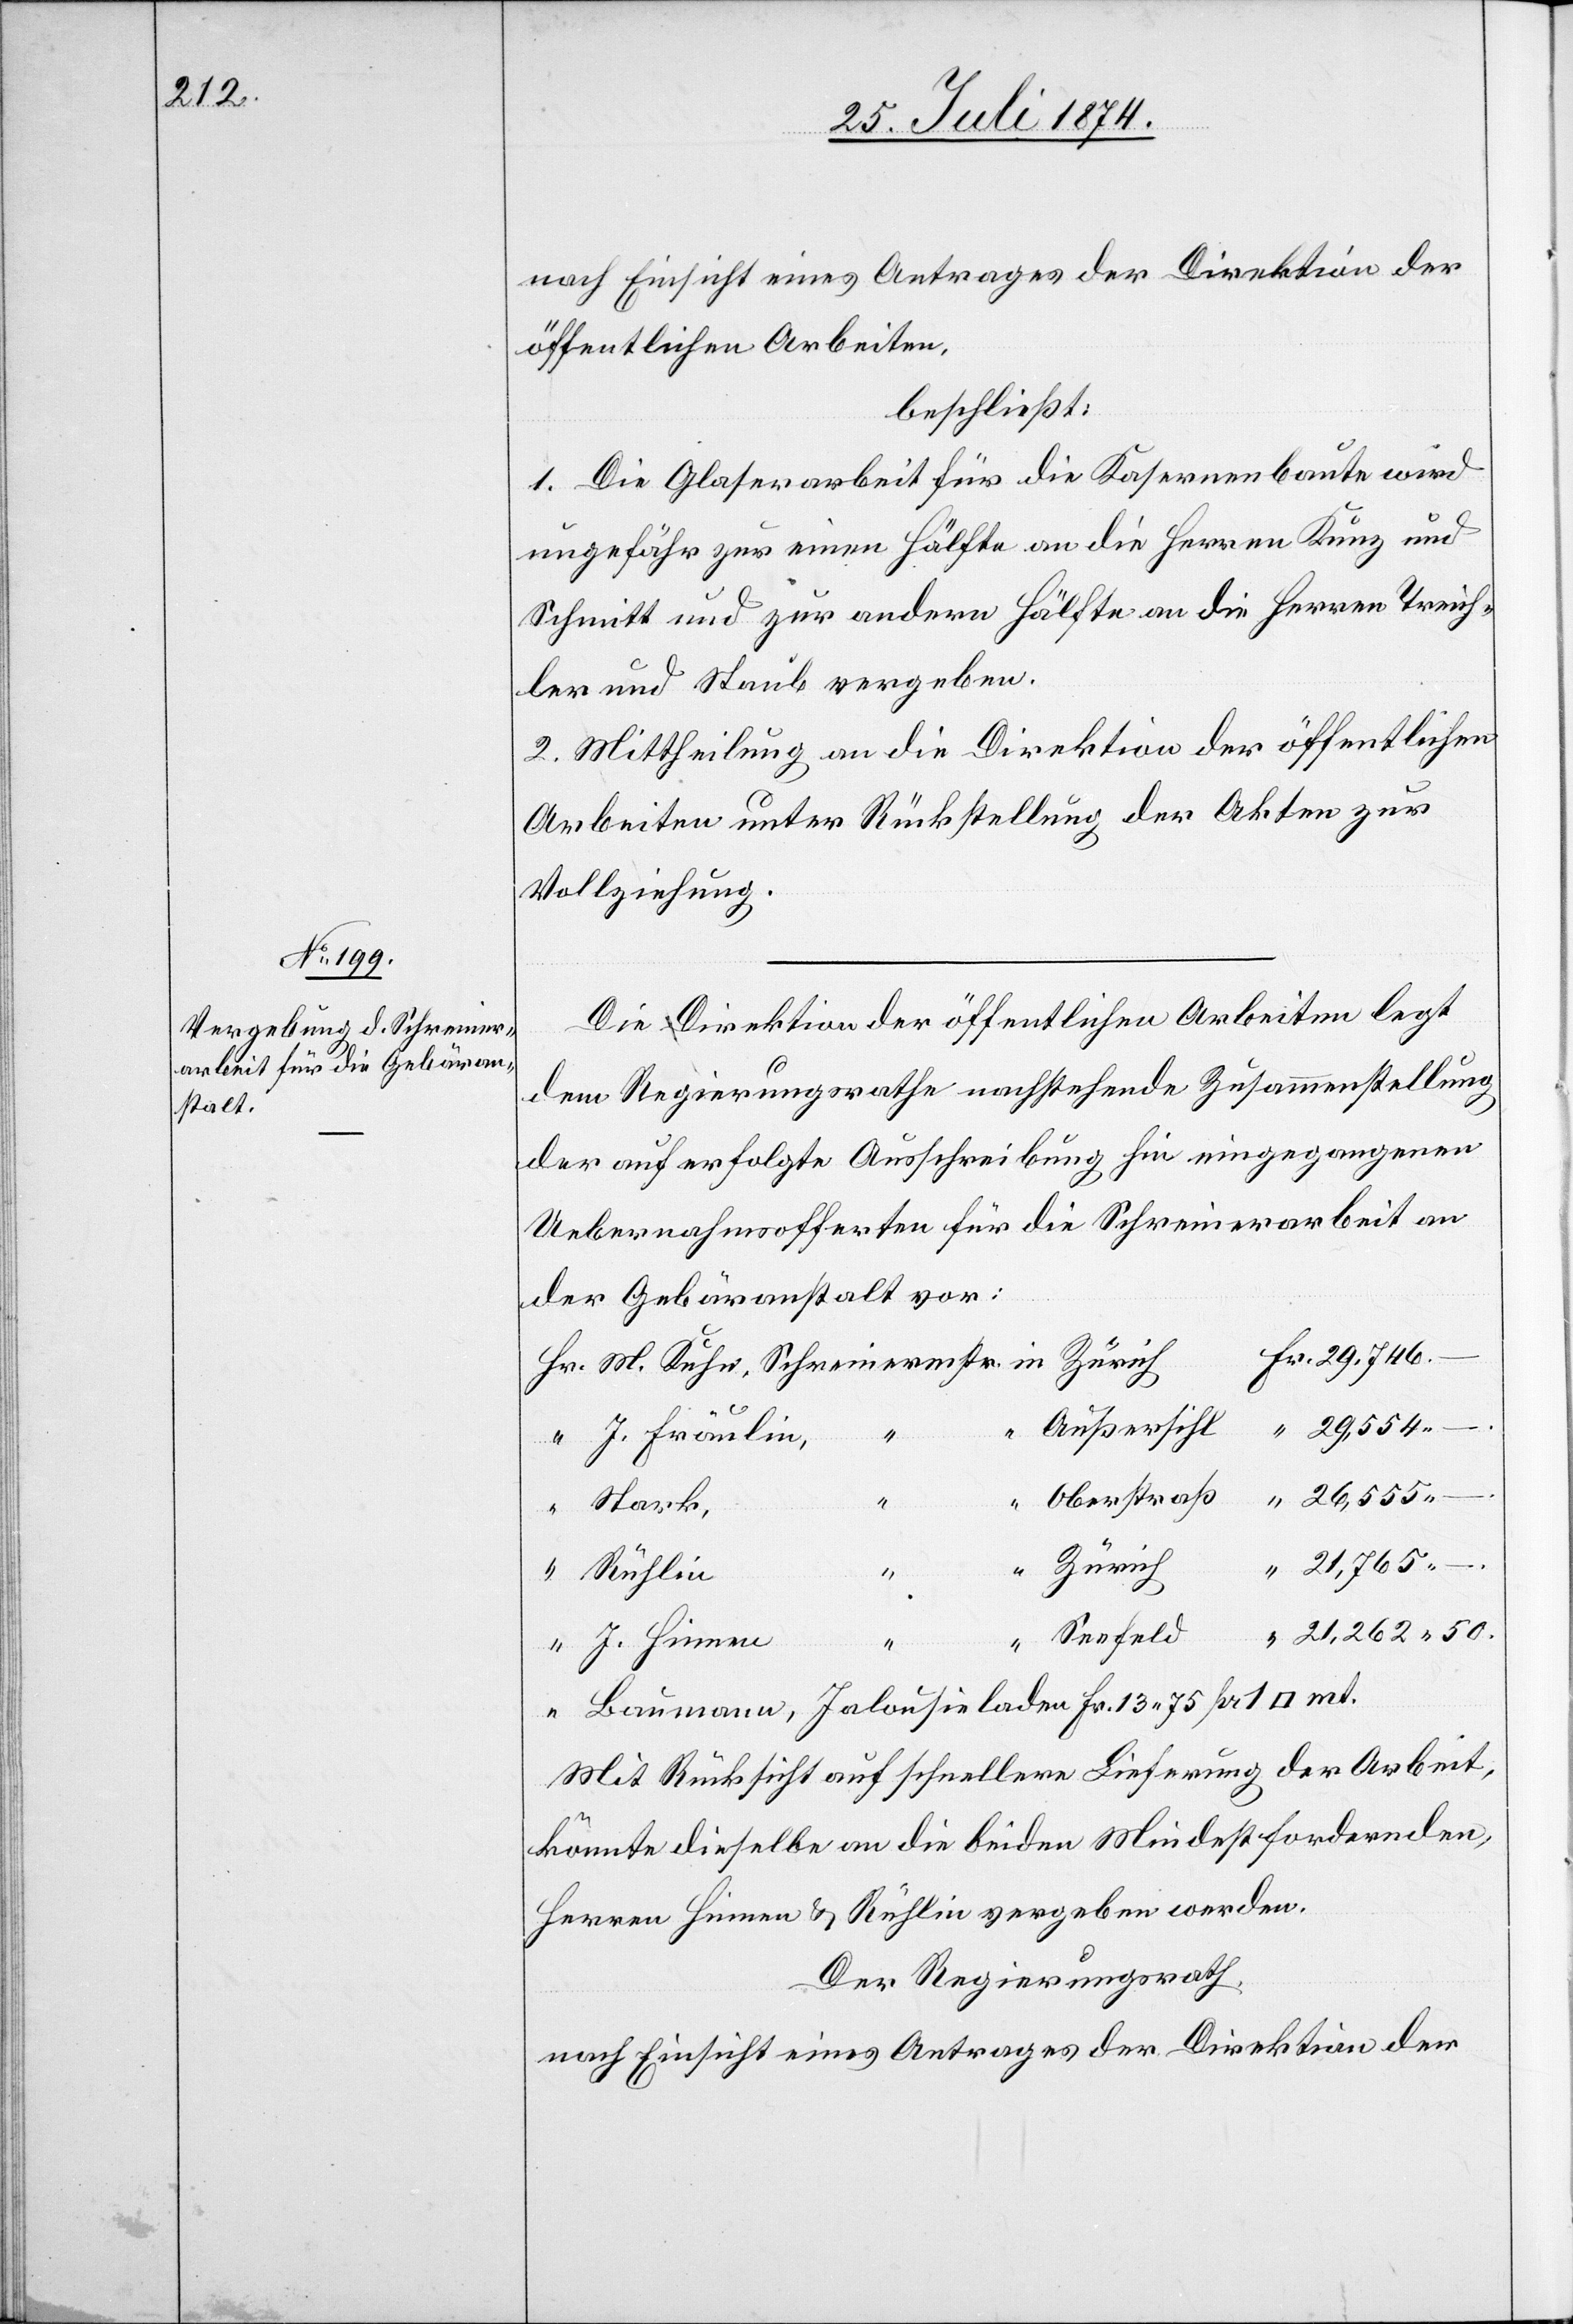
21,262.

nach Einsicht eines Antrages der Direktion der
öffentlichen Arbeiten,
beschließt:
1. Die Glaserarbeit für die Kasernenbaute wird
ungefähr zur einen Hälfte an die Herren Kunz und
Schmitt und zur andern Hälfte an die Herren Treich¬
ler und Staub vergeben.
2. Mittheilung an die Direktion der öffentlichen
Arbeiten unter Rückstellung der Akten zur
Vollziehung.
Die Direktion der öffentlichen Arbeiten legt
dem Regierungsrathe nachstehende Zusammenstellung
der auf erfolgte Ausschreibung hin eingegangenen
Uebernahmsofferten für die Schreinerarbeit an
der Gebäranstalt vor:
Fr. 13.75 pr.
Baumann
Außersihl
29,554.
“
J. Fräulin,
“
Stark,
Zürich
21,765.
mt.
Rühlin
Seefeld
J. Hinnen
“
Mit Rücksicht auf schnellere Lieferung der Arbeit,
könnte dieselbe an die beiden Mindestfordernden,
Herren Hinnen u. Rühlin vergeben werden.
Der Regierungsrath,
nach Einsicht eines Antrages der Direktion der